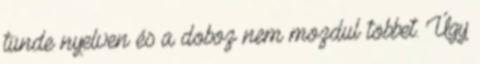
tünde nyelven és a doboz nem mozdul többet. Úgy